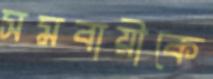
সমবায়ীকে